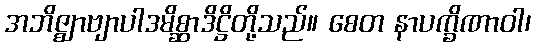
အဘိဇ္ဈာဗျာပါဒမိစ္ဆာဒိဋ္ဌိတို့သည်။ စေတ နာပက္ခိဏာဝါ၊